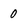
Character: 0